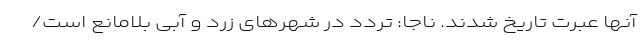
آنها عبرت تاریخ شدند. ناجا: تردد در شهرهای زرد و آبی بلامانع است/